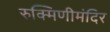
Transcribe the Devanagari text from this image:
रुक्मिणीमंदिर